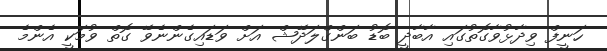
ހަނީފް ވިދާޅުވާގޮތުގައި އާބާދީ ބޮޑު ބަންގްލަދޭޝް އަށް ވަޑައިގެންނެވޭ ގޮތް ވުމަކީ އެންމެ